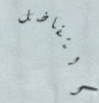
التفاضل